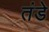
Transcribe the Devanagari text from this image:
तंडे